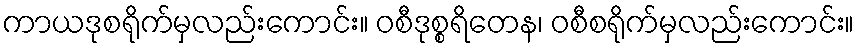
ကာယဒုစရိုက်မှလည်းကောင်း။ ဝစီဒုစ္စရိတေန၊ ဝစီစရိုက်မှလည်းကောင်း။